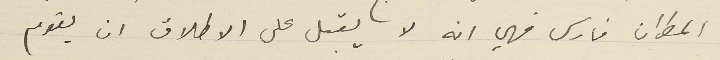
المطران فارس فهي انه لا يقبل على الاطلاق ان يقوم